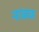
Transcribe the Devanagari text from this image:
नाळक